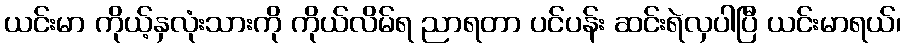
ယင်းမာ ကိုယ့်နှလုံးသားကို ကိုယ်လိမ်ရ ညာရတာ ပင်ပန်း ဆင်းရဲလှပါပြီ ယင်းမာရယ်၊